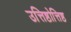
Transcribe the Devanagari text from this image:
उत्तिष्ठोत्तिष्ठ